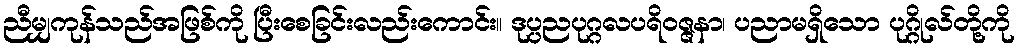
ညီမျှကုန်သည်အဖြစ်ကို ပြီးစေခြင်းလည်းကောင်း။ ဒုပ္ပညပုဂ္ဂလပရိဝဇ္ဇနာ၊ ပညာမရှိသော ပုဂ္ဂိုလ်တို့ကို